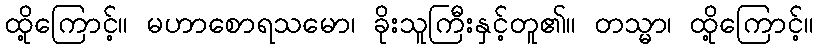
ထို့ကြောင့်။ မဟာစောရသမော၊ ခိုးသူကြီးနှင့်တူ၏။ တသ္မာ၊ ထို့ကြောင့်။